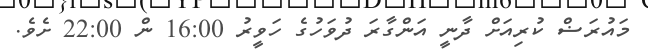
މައުރަޟް ކުރިއަށް ދާނީ އަންގާރަ ދުވަހުގެ ހަވީރު 16:00 ން 22:00 ށެވެ.